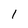
Character: l